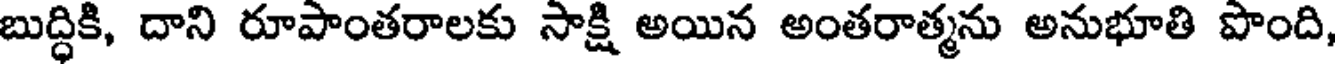
బుద్ధికి, దాని రూపాంతరాలకు సాక్షి అయిన అంతరాత్మను అనుభూతి పొంది,